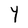
Character: Y